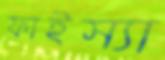
ফাইস্যা